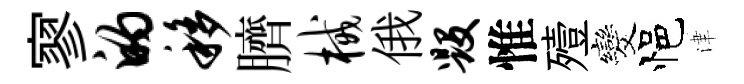
寥的移臍械俄毁惟殪发悒津